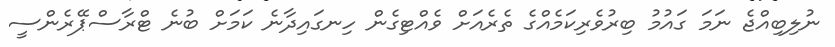
ނުލިބިއްޖެ ނަމަ ގައުމު ބިރުވެރިކަމެއްގެ ތެރެއަށް ވެއްޓިގެން ހިނގައިދާނެ ކަމަށް ބުނެ ޓްރާސްޕޭރެންސީ